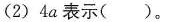
(2) 4a表示（）。